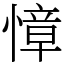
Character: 慞